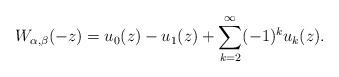
LaTeX: \begin{align*}W_{\alpha,\beta}(-z)=u_0(z)-u_1(z)+\sum_{k=2}^\infty (-1)^k u_k(z).\end{align*}